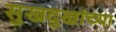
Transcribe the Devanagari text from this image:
सुखदुखांच्या